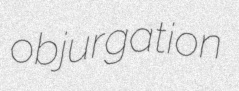
objurgation